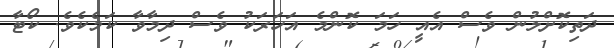
ދަތިކޮށްލުން ވެސް އެއީ ހަމަ ކޮންމެ އަހަރަކު ވެސް ދިމާވާ ކަމެކެވެ. ކޯޓާ